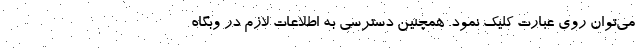
می‌توان روی عبارت کلیک نمود. همچنین دسترسی به اطلاعات لازم در وبگاه